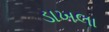
ડાખલા